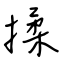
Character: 揉